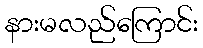
နားမလည်ကြောင်း